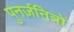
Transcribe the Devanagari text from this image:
पुनर्ज़नित्रों